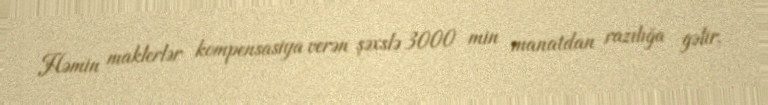
Həmin maklerlər kompensasiya verən şəxslə 3000 min manatdan razılığa gəlir,